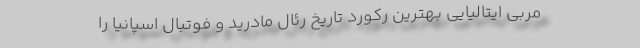
مربی ایتالیایی بهترین رکورد تاریخ رئال مادرید و فوتبال اسپانیا را